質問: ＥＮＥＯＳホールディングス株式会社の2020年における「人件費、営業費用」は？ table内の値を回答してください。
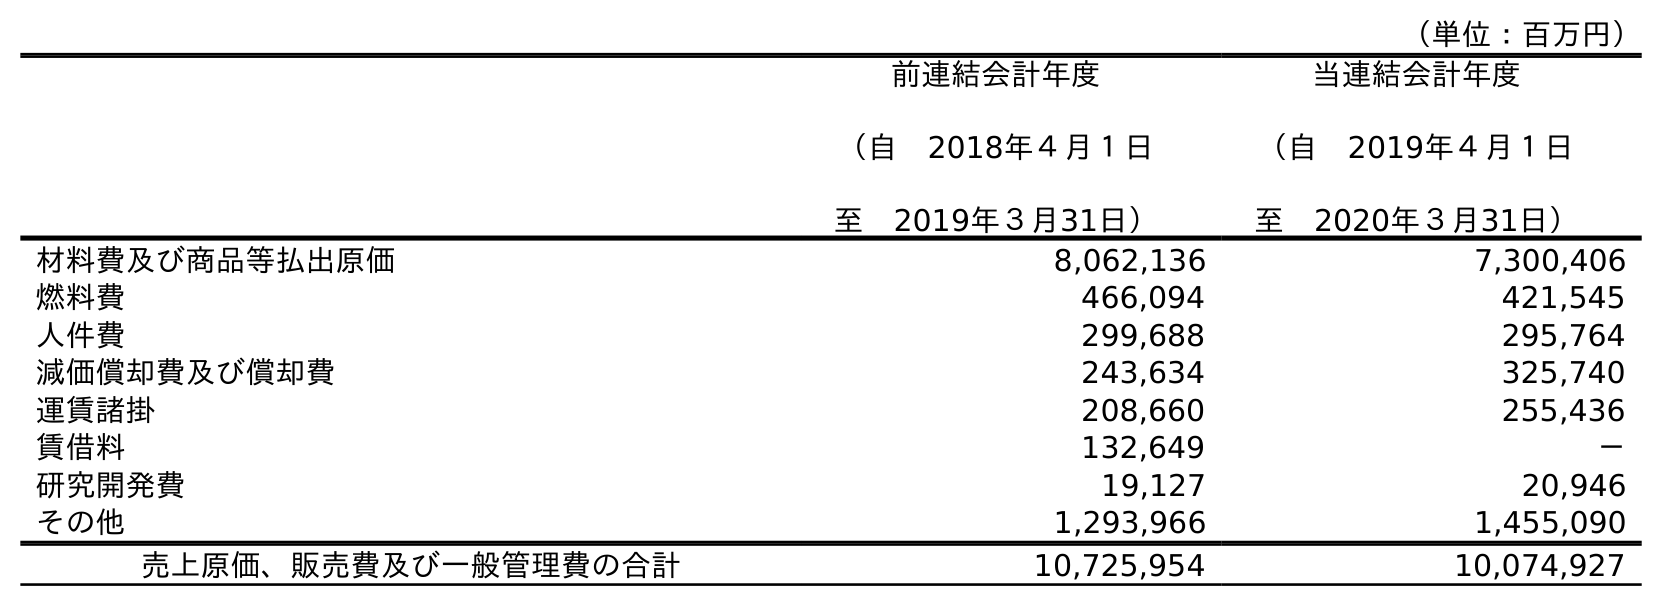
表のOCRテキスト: （単位：百万円） 前連結会計年度 （自 2018年４月１日 至 2019年３月31日） 当連結会計年度 （自 2019年４月１日 至 2020年３月31日） 材料費及び商品等払出原価 8,062,136 7,300,406 燃料費 466,094 421,545 人件費 299,688 295,764 減価償却費及び償却費 243,634 325,740 運賃諸掛 208,660 255,436 賃借料 132,649 － 研究開発費 19,127 20,946 その他 1,293,966 1,455,090 売上原価、販売費及び一般管理費の合計 10,725,954 10,074,927
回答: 295,764